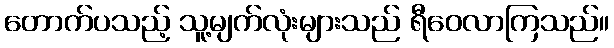
တောက်ပသည့် သူ့မျက်လုံးများသည် ရီဝေလာကြသည်။